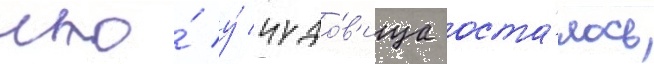
что́ у́ чудо́в'ища оста́лось